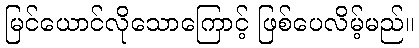
မြင်ယောင်လိုသောကြောင့် ဖြစ်ပေလိမ့်မည်။